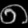
Digit: ၈